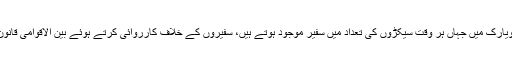
اسی اصول پر امریکی عدالتیں، بالخصوص نیویارک میں جہاں ہر وقت سیکڑوں کی تعداد میں سفیر موجود ہوتے ہیں، سفیروں کے خلاف کارروائی کرتے ہوئے بین الاقوامی قانون سے زیادہ امریکی قانون کو اہمیت دیتی ہیں۔